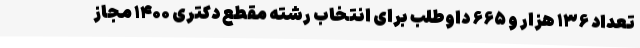
تعداد ۱۳۶ هزار و ۶۶۵ داوطلب برای انتخاب رشته مقطع دکتری ۱۴۰۰ مجاز